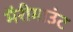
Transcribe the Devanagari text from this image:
मैरीमाउंट